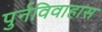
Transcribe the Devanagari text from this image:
पुर्नविवाहास